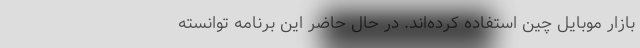
بازار موبایل چین استفاده کرده‌اند. در حال حاضر این برنامه توانسته